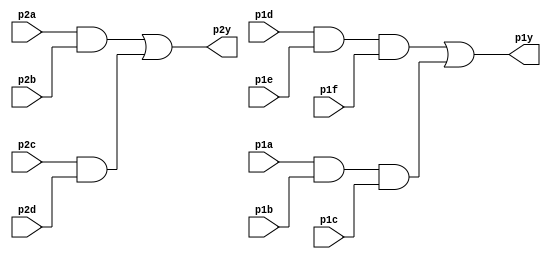
module top_module ( 
    input p1a, p1b, p1c, p1d, p1e, p1f,
    output p1y,
    input p2a, p2b, p2c, p2d,
    output p2y );
    wire x[3:0];
    and and1 (x[0],p1a,p1b,p1c);
    and and2 (x[1],p1d,p1e,p1f);
    or or1 (p1y,x[1],x[0]);
    and and3 (x[2], p2a, p2b);
    and and4 (x[3], p2c, p2d);
    or or2 (p2y,x[2],x[3]);
    
endmodule